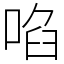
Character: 啗